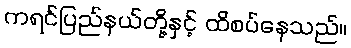
ကရင်ပြည်နယ်တို့နှင့် ထိစပ်နေသည်။